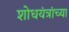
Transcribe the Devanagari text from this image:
शोधयंत्रांच्या